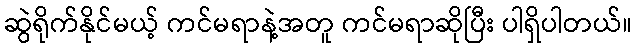
ဆွဲရိုက်နိုင်မယ့် ကင်မရာနဲ့အတူ ကင်မရာဆိုပြီး ပါရှိပါတယ်။